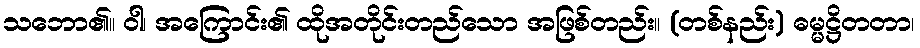
သဘော၏။ ဝါ၊ အကြောင်း၏ ထိုအတိုင်းတည်သော အဖြစ်တည်း။ (တစ်နည်း) ဓမ္မဋ္ဌိတတာ၊